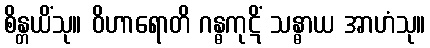
စိန္တယိံသု။ ဝိဟာရောတိ ဂန္ဓကုဋိံ သန္ဓာယ အာဟံသု။